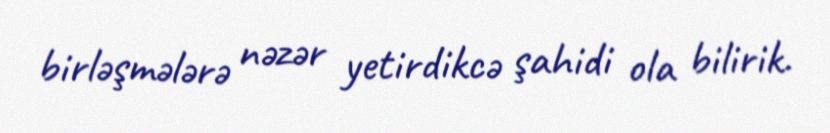
birləşmələrə nəzər yetirdikcə şahidi ola bilirik.